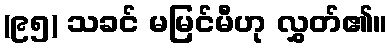
(၉၅) သခင် မမြင်မီဟု လွှတ်၏။